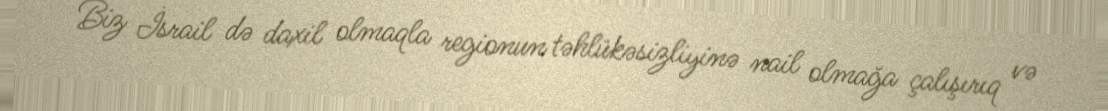
Biz İsrail də daxil olmaqla regionun təhlükəsizliyinə nail olmağa çalışırıq və